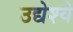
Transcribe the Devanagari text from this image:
उद्येश्ये